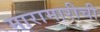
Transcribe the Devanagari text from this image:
मारामारीची